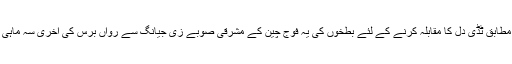
تفصیلات کے مطابق مطابق ٹڈی دل کا مقابلہ کرنے کے لئے بطخوں کی یہ فوج چین کے مشرقی صوبے زی جیانگ سے رواں برس کی آخری سہ ماہی میں بھیجی جائے گی۔